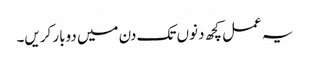
یہ عمل کچھ دنوں تک دن میں دوبار کریں۔